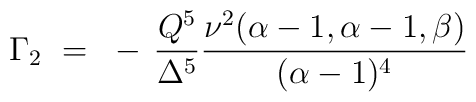
\Gamma_2 ~=~ - \, \frac{Q^5}{\Delta^5} \frac{\nu^2(\alpha-1,\alpha-1,\beta)}{(\alpha-1)^4}